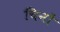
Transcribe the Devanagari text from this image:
चिनों